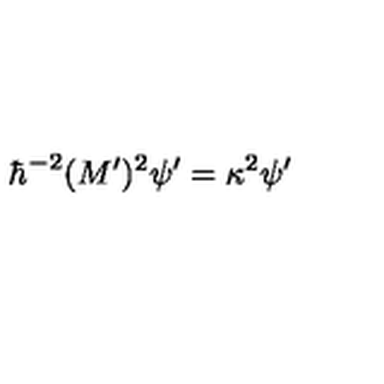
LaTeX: \hbar ^ { - 2 } ( M ^ { \prime } ) ^ { 2 } \psi ^ { \prime } = \kappa ^ { 2 } \psi ^ { \prime }